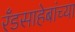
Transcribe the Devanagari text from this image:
रँडसाहेबांच्या